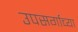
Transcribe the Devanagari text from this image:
उपसर्गाच्या